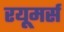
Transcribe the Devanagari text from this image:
रयूमर्स